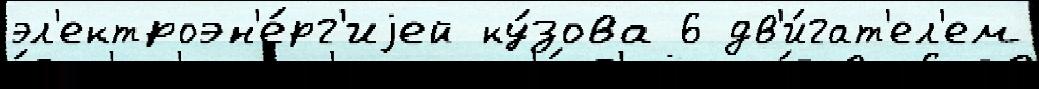
эл'ектроэн'е́рг'иjей ку́зова 6 дв'и́гат'ел'ем